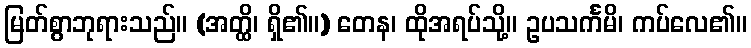
မြတ်စွာဘုရားသည်။ (အတ္ထိ၊ ရှိ၏။) တေန၊ ထိုအရပ်သို့။ ဥပသင်္ကမိ၊ ကပ်လေ၏။